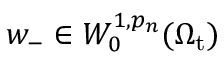
w _ { - } \in W _ { 0 } ^ { 1 , p _ { n } } ( \Omega _ { \mathrm { t } } )